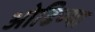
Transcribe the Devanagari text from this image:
ओढिण्या